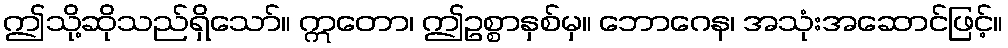
ဤသို့ဆိုသည်ရှိသော်။ ဣတော၊ ဤဥစ္စာနှစ်မှ။ ဘောဂေန၊ အသုံးအဆောင်ဖြင့်။